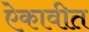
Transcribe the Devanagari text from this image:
ऐकावीत